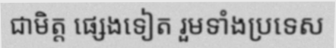
ជាមិត្ត ផ្សេងទៀត រួមទាំងប្រទេស